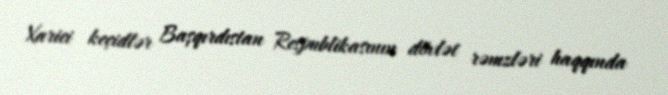
Xarici keçidlər Başqırdıstan Respublikasının dövlət rəmzləri haqqında